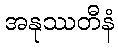
အနုဿတီနံ